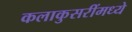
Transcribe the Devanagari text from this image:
कलाकुसरींमध्ये